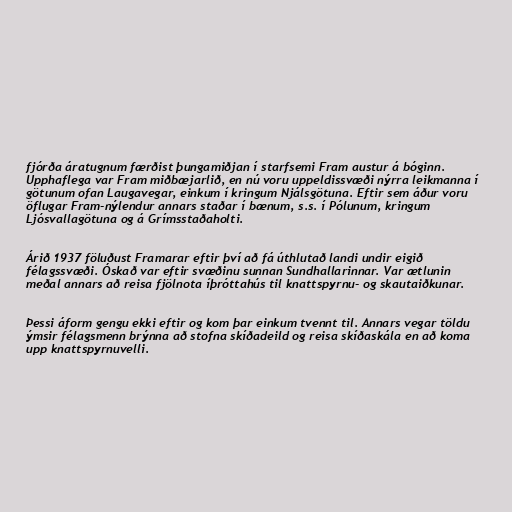
fjórða áratugnum færðist þungamiðjan í starfsemi Fram austur á bóginn.
Upphaflega var Fram miðbæjarlið, en nú voru uppeldissvæði nýrra leikmanna í
götunum ofan Laugavegar, einkum í kringum Njálsgötuna. Eftir sem áður voru
öflugar Fram-nýlendur annars staðar í bænum, s.s. í Pólunum, kringum
Ljósvallagötuna og á Grímsstaðaholti.

Árið 1937 föluðust Framarar eftir því að fá úthlutað landi undir eigið
félagssvæði. Óskað var eftir svæðinu sunnan Sundhallarinnar. Var ætlunin
meðal annars að reisa fjölnota íþróttahús til knattspyrnu- og skautaiðkunar.

Þessi áform gengu ekki eftir og kom þar einkum tvennt til. Annars vegar töldu
ýmsir félagsmenn brýnna að stofna skíðadeild og reisa skíðaskála en að koma
upp knattspyrnuvelli.